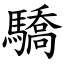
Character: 驕